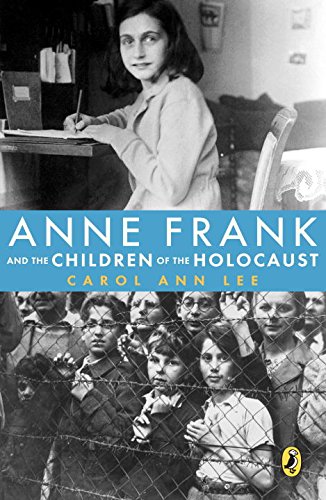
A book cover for Anne Frank and the Children of the Holocaust; Carol Ann Lee; Children's Books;